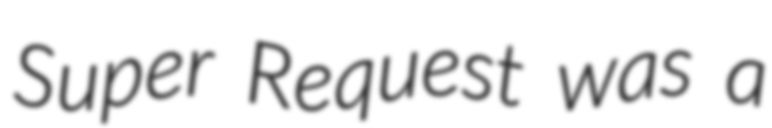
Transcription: Super Request was a